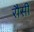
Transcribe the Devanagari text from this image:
रौसी